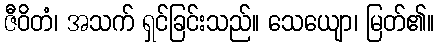
ဇီဝိတံ၊ အသက် ရှင်ခြင်းသည်။ သေယျော၊ မြတ်၏။